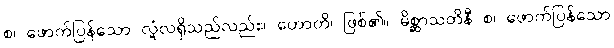
စ၊ ဖောက်ပြန်သော လုံ့လရှိသည်လည်း။ ဟောတိ၊ ဖြစ်၏။ မိစ္ဆာသတိနီ စ၊ ဖောက်ပြန်သော